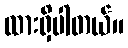
ထားရှိပါတယ်။